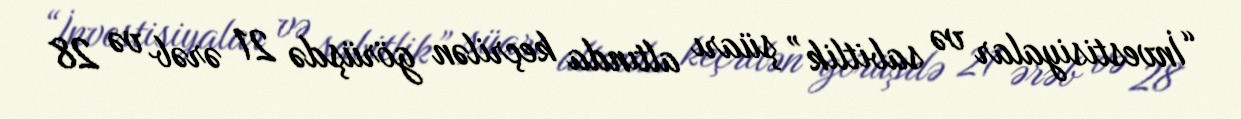
“İnvestisiyalar və sabitlik” şüarı altında keçrilən görüşdə 21 ərəb və 28